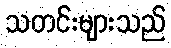
သတင်းများသည်